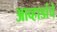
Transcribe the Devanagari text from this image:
आव्हाडांचे